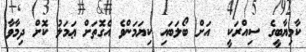
ކާމިޔާބީގެ ސިއްރަކީ  އަށް ބޯލަބައި ކިޔަމަންވެ އެގޮތަށް ޢަމަލު ކޮށް ދިމާވާ